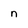
Character: n